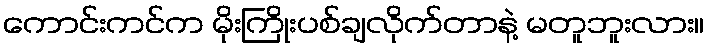
ကောင်းကင်က မိုးကြိုးပစ်ချလိုက်တာနဲ့ မတူဘူးလား။